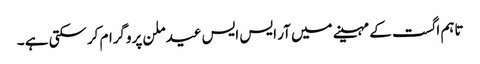
تاہم اگست کے مہینے میں آر ایس ایس عید ملن پروگرام کرسکتی ہے ۔